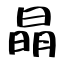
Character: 𣇵